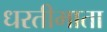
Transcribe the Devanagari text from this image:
धरतीमाता